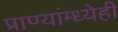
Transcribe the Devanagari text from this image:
प्राण्यांम्ध्येही